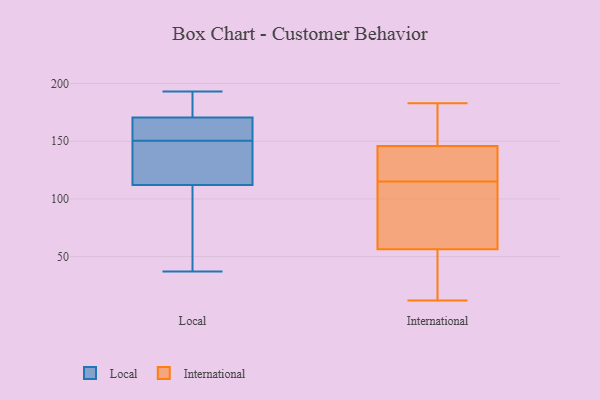
{"axis": {"x": "Demand Index", "y": "Value"}, "legend": ["International", "Local"], "data": [{"x": "", "y": 130, "type": "Local"}, {"x": "", "y": 130, "type": "Local"}, {"x": "", "y": 166, "type": "Local"}, {"x": "", "y": 193, "type": "Local"}, {"x": "", "y": 37, "type": "Local"}, {"x": "", "y": 159, "type": "Local"}, {"x": "", "y": 188, "type": "Local"}, {"x": "", "y": 146, "type": "Local"}, {"x": "", "y": 166, "type": "Local"}, {"x": "", "y": 130, "type": "Local"}, {"x": "", "y": 94, "type": "Local"}, {"x": "", "y": 175, "type": "Local"}, {"x": "", "y": 155, "type": "Local"}, {"x": "", "y": 184, "type": "Local"}, {"x": "", "y": 47, "type": "Local"}, {"x": "", "y": 59, "type": "Local"}, {"x": "", "y": 14, "type": "International"}, {"x": "", "y": 12, "type": "International"}, {"x": "", "y": 48, "type": "International"}, {"x": "", "y": 59, "type": "International"}, {"x": "", "y": 22, "type": "International"}, {"x": "", "y": 183, "type": "International"}, {"x": "", "y": 115, "type": "International"}, {"x": "", "y": 162, "type": "International"}, {"x": "", "y": 133, "type": "International"}, {"x": "", "y": 97, "type": "International"}, {"x": "", "y": 170, "type": "International"}, {"x": "", "y": 132, "type": "International"}, {"x": "", "y": 143, "type": "International"}, {"x": "", "y": 102, "type": "International"}, {"x": "", "y": 154, "type": "International"}, {"x": "", "y": 125, "type": "International"}, {"x": "", "y": 105, "type": "International"}]}